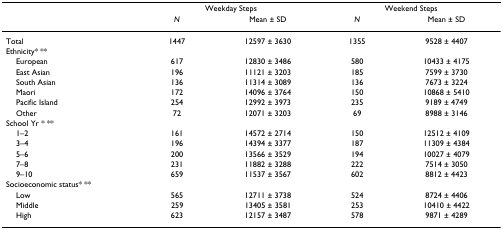
<table><thead><tr><td></td><td colspan="2"><b>Weekday Steps</b></td><td colspan="2"><b>Weekend Steps</b></td></tr><tr><td></td><td><b><i>N</i></b></td><td><b>Mean ± SD</b></td><td><b><i>N</i></b></td><td><b>Mean ± SD</b></td></tr></thead><tbody><tr><td>Total</td><td>1447</td><td>12597 ± 3630</td><td>1355</td><td>9528 ± 4407</td></tr><tr><td>Ethnicity* **</td><td></td><td></td><td></td><td></td></tr><tr><td> European</td><td>617</td><td>12830 ± 3486</td><td>580</td><td>10433 ± 4175</td></tr><tr><td> East Asian</td><td>196</td><td>11121 ± 3203</td><td>185</td><td>7599 ± 3730</td></tr><tr><td> South Asian</td><td>136</td><td>11314 ± 3089</td><td>136</td><td>7673 ± 3224</td></tr><tr><td> Maori</td><td>172</td><td>14096 ± 3764</td><td>150</td><td>10868 ± 5410</td></tr><tr><td> Pacific Island</td><td>254</td><td>12992 ± 3973</td><td>235</td><td>9189 ± 4749</td></tr><tr><td> Other</td><td>72</td><td>12071 ± 3203</td><td>69</td><td>8988 ± 3146</td></tr><tr><td>School Yr * **</td><td></td><td></td><td></td><td></td></tr><tr><td> 1–2</td><td>161</td><td>14572 ± 2714</td><td>150</td><td>12512 ± 4109</td></tr><tr><td> 3–4</td><td>196</td><td>14394 ± 3377</td><td>187</td><td>11309 ± 4384</td></tr><tr><td> 5–6</td><td>200</td><td>13566 ± 3529</td><td>194</td><td>10027 ± 4079</td></tr><tr><td> 7–8</td><td>231</td><td>11882 ± 3288</td><td>222</td><td>7514 ± 3050</td></tr><tr><td> 9–10</td><td>659</td><td>11537 ± 3567</td><td>602</td><td>8812 ± 4423</td></tr><tr><td>Socioeconomic status* **</td><td></td><td></td><td></td><td></td></tr><tr><td> Low</td><td>565</td><td>12711 ± 3738</td><td>524</td><td>8724 ± 4406</td></tr><tr><td> Middle</td><td>259</td><td>13405 ± 3581</td><td>253</td><td>10410 ± 4422</td></tr><tr><td> High</td><td>623</td><td>12157 ± 3487</td><td>578</td><td>9871 ± 4289</td></tr></tbody></table>